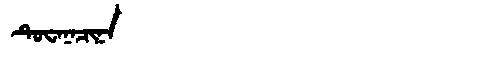
Manchu: ᡨᡠᠸᠠᠨᠠᠴᡳᠨᠠ
Romanization: TUWANACINA